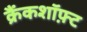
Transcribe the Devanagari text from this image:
क्रैंकशॉफ़्ट